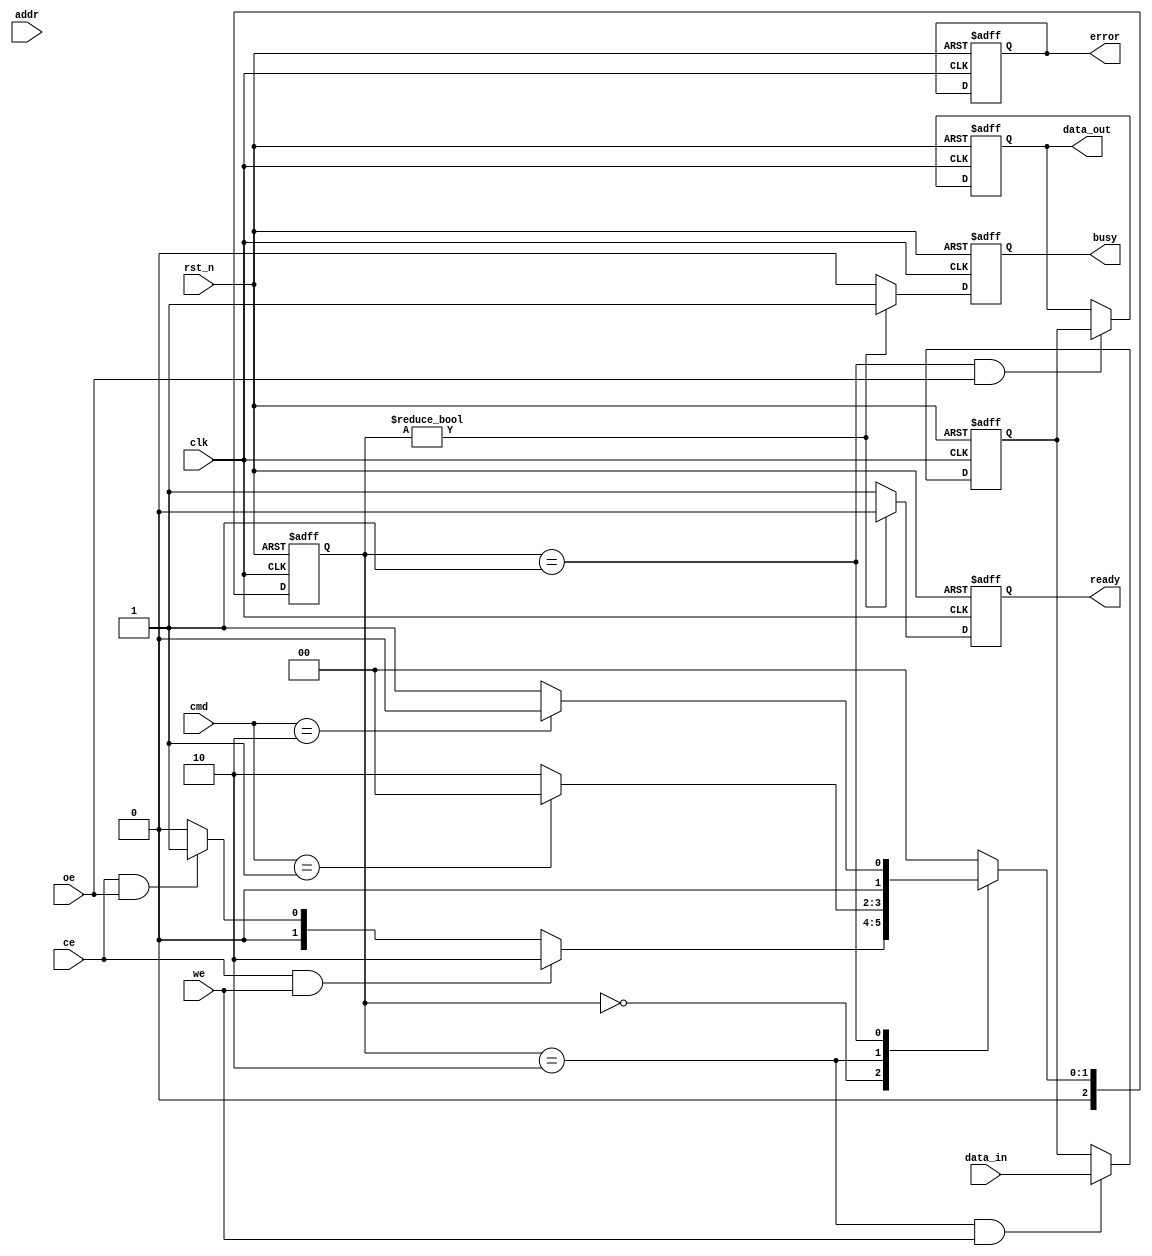
module slc_nand_io_block (
    input wire clk,
    input wire rst_n,
    input wire ce,         // Chip Enable
    input wire we,         // Write Enable
    input wire oe,         // Output Enable
    input wire [7:0] data_in, // Data input for write operations
    input wire [15:0] addr, // Address input
    input wire [3:0] cmd,   // Command input
    output reg [7:0] data_out, // Data output for read operations
    output reg busy,        // Status signal: busy
    output reg ready,       // Status signal: ready
    output reg error        // Status signal: error
);

// State Definitions
localparam IDLE   = 3'b000;
localparam READ   = 3'b001;
localparam WRITE  = 3'b010;
localparam ERASE  = 3'b011;

// Internal Signals
reg [2:0] state, next_state;
reg [7:0] data_buffer;
reg [15:0] addr_latch;

// Status Register
always @(posedge clk or negedge rst_n) begin
    if (!rst_n) begin
        busy <= 1'b0;
        ready <= 1'b1;
        error <= 1'b0;
    end else begin
        if (state != IDLE) begin
            busy <= 1'b1;
            ready <= 1'b0;
        end else begin
            busy <= 1'b0;
            ready <= 1'b1;
        end
    end
end

// State Transition
always @(posedge clk or negedge rst_n) begin
    if (!rst_n) begin
        state <= IDLE;
    end else begin
        state <= next_state;
    end
end

// Next State Logic
always @(*) begin
    case (state)
        IDLE: begin
            if (ce && we) begin
                next_state = WRITE;
            end else if (ce && oe) begin
                next_state = READ;
            end else begin
                next_state = IDLE;
            end
        end
        WRITE: begin
            if (cmd == 4'b0001) // Example WRITE command
                next_state = IDLE; // Transition back to IDLE after write
            else
                next_state = WRITE;
        end
        READ: begin
            if (cmd == 4'b0010) // Example READ command
                next_state = IDLE; // Transition back to IDLE after read
            else
                next_state = READ;
        end
        default: next_state = IDLE;
    endcase
end

// Data Input Buffer
always @(posedge clk or negedge rst_n) begin
    if (!rst_n) begin
        data_buffer <= 8'b0;
    end else if (state == WRITE && we) begin
        data_buffer <= data_in; // Capture incoming data
    end
end

// Address Latch
always @(posedge clk or negedge rst_n) begin
    if (!rst_n) begin
        addr_latch <= 16'b0;
    end else if (ce) begin
        addr_latch <= addr; // Latch address when chip is enabled
    end
end

// Output Buffer
always @(posedge clk or negedge rst_n) begin
    if (!rst_n) begin
        data_out <= 8'b0;
    end else if (state == READ && oe) begin
        data_out <= data_buffer; // Drive data to output during read
    end
end

endmodule